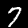
Digit: 7